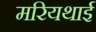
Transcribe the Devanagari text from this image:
मरियथाई